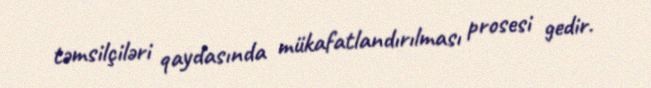
təmsilçiləri qaydasında mükafatlandırılması prosesi gedir.